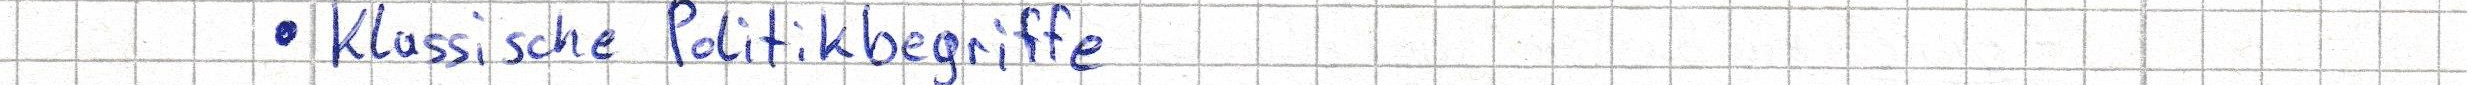
Klassische Politikbegriffe